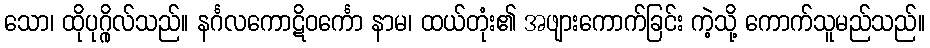
သော၊ ထိုပုဂ္ဂိုလ်သည်။ နင်္ဂလကောဋိဝင်္ကော နာမ၊ ထယ်တုံး၏ အဖျားကောက်ခြင်း ကဲ့သို့ ကောက်သူမည်သည်။